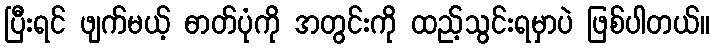
ပြီးရင် ဖျက်မယ့် ဓာတ်ပုံကို အတွင်းကို ထည့်သွင်းရမှာပဲ ဖြစ်ပါတယ်။